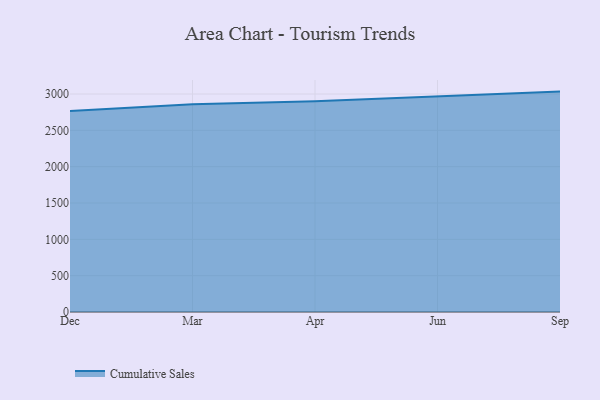
{"axis": {"x": "Month", "y": "Website Visitors"}, "legend": ["Cumulative Sales"], "data": [{"x": "Dec", "y": 2765.3, "type": "Cumulative Sales"}, {"x": "Mar", "y": 2858.3, "type": "Cumulative Sales"}, {"x": "Apr", "y": 2899.5, "type": "Cumulative Sales"}, {"x": "Jun", "y": 2961.9, "type": "Cumulative Sales"}, {"x": "Sep", "y": 3033.3, "type": "Cumulative Sales"}]}